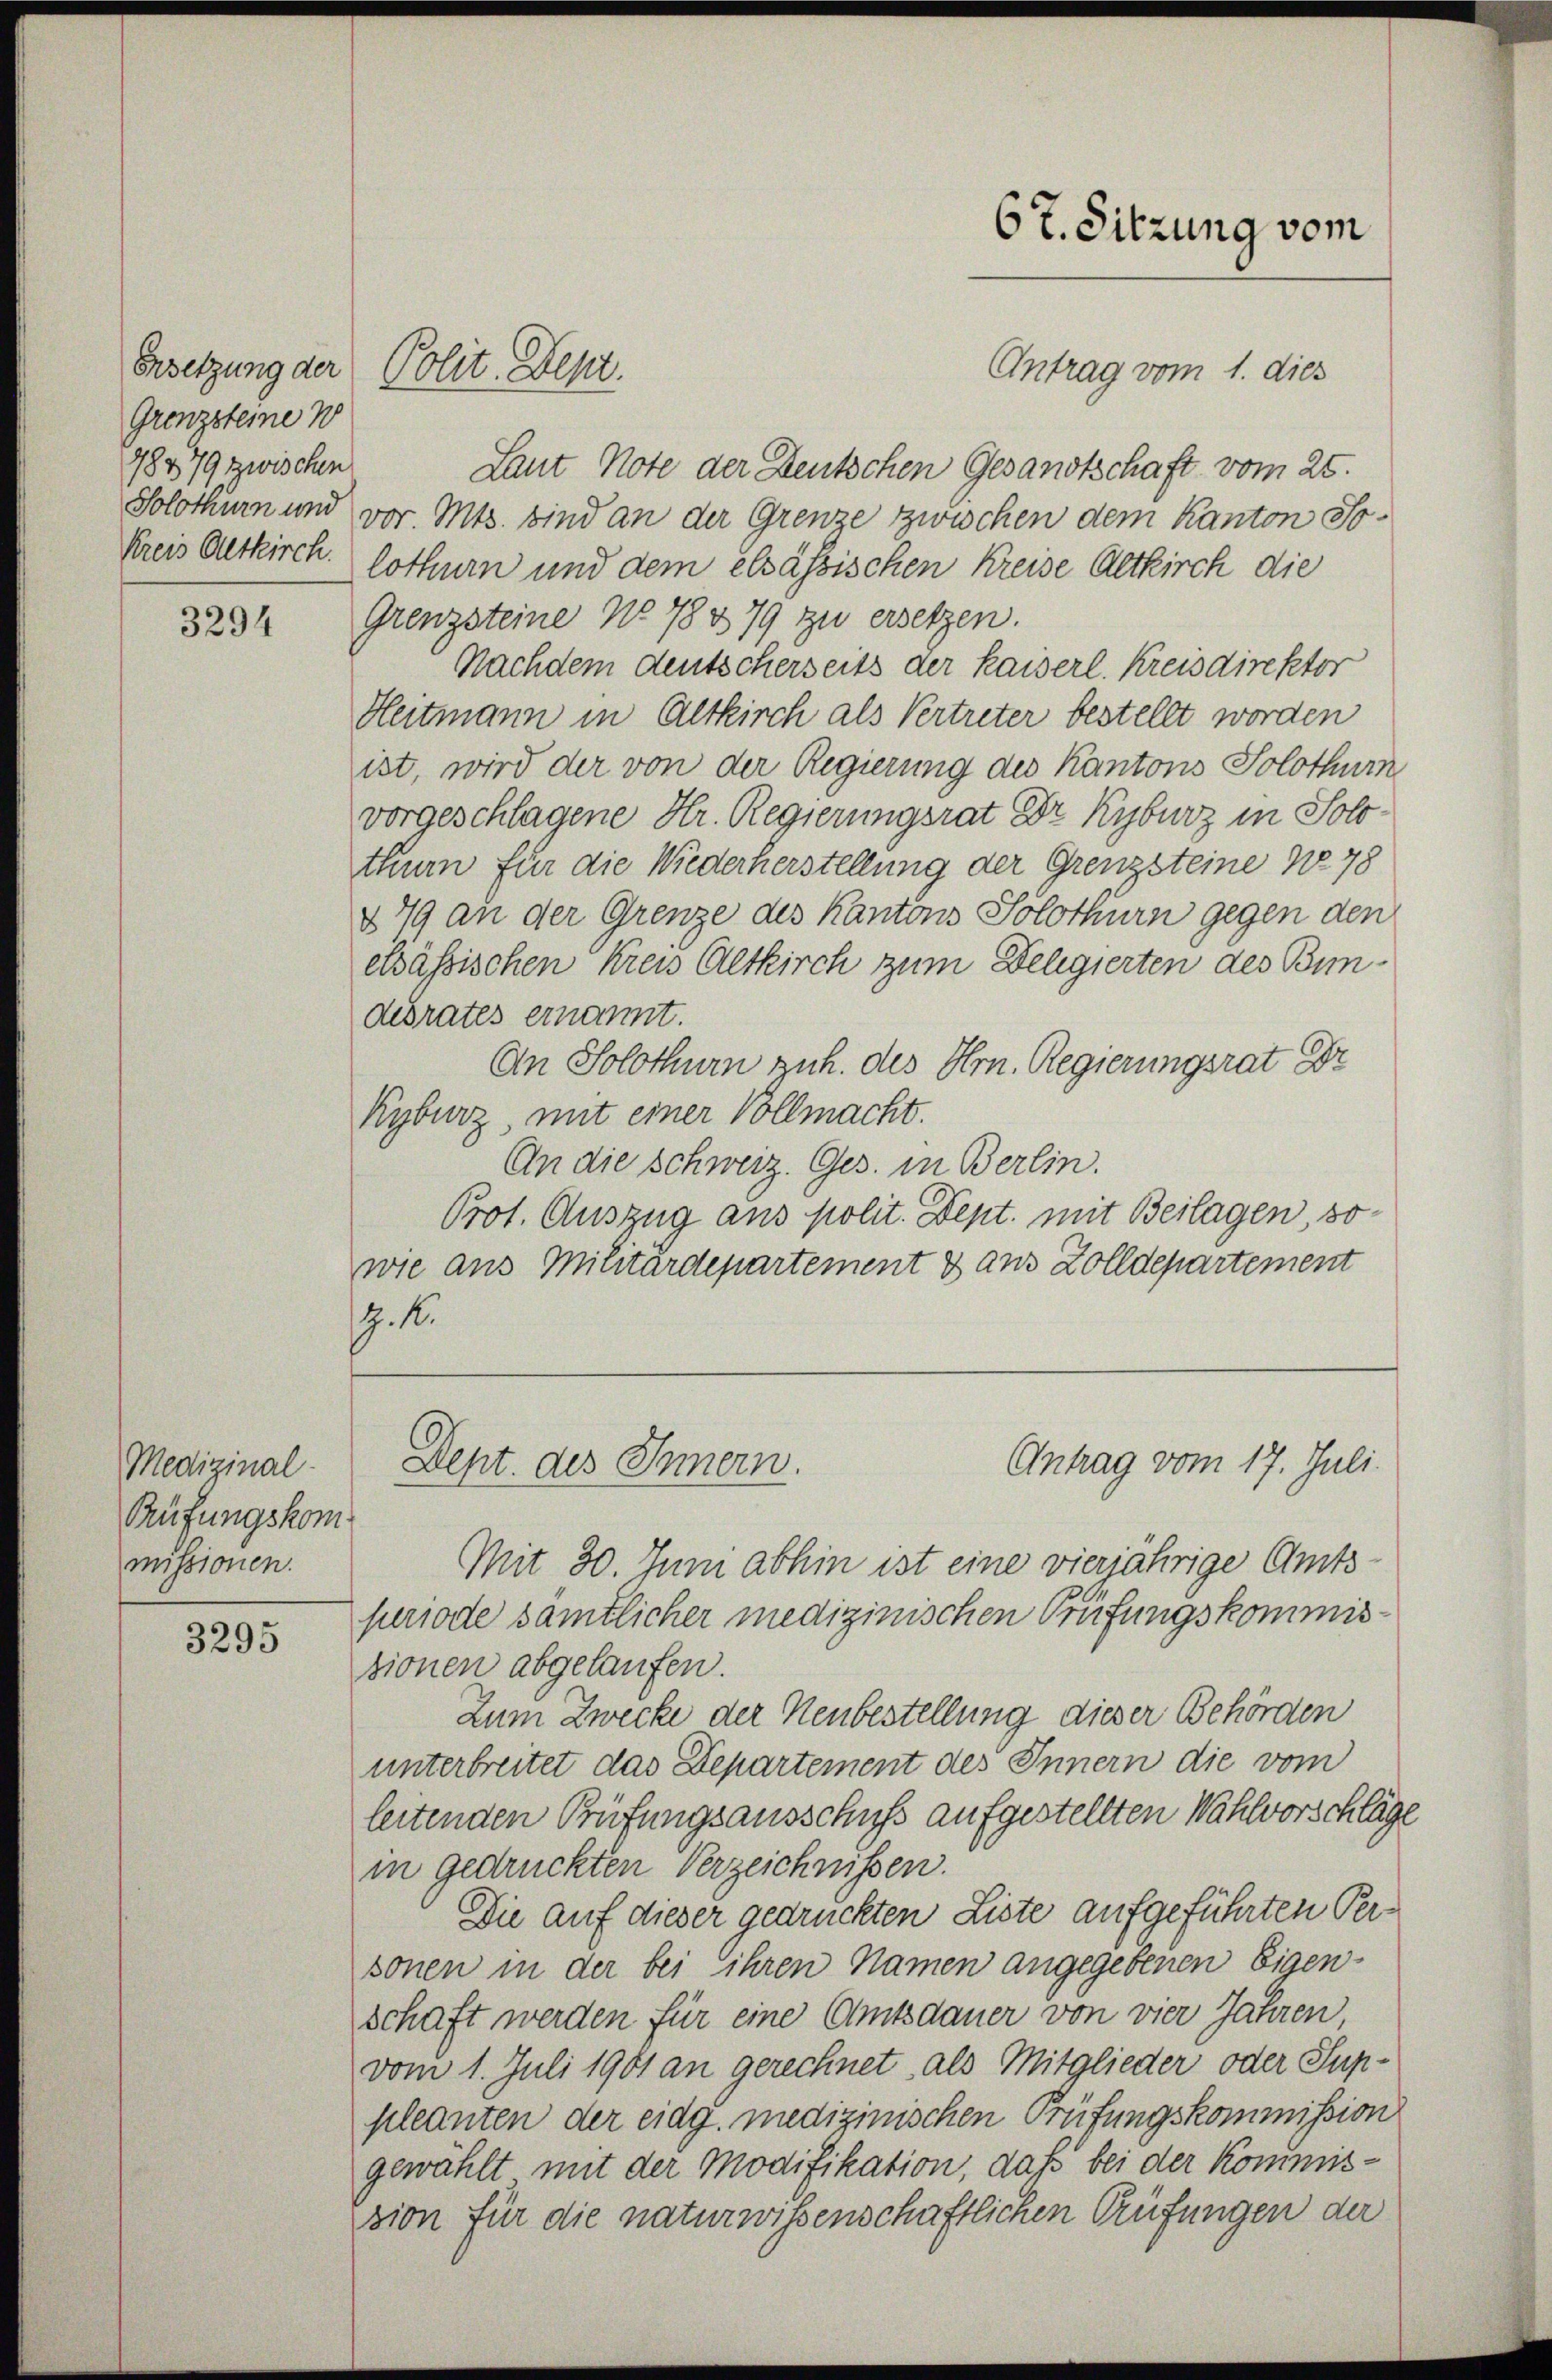
Grenzsteine W
78479 zwischen
Solothurn und

3294

Medizinal-
Prüfungskommissionen.

3295

Antrag vom 1. dies
Laut Note der Deutschen Gesandtschaft vom 25.
vor. Mts. sind an der Grenze zwischen dem Kanton So¬
Kreis Altkirch. lothurn und dem elsassischen Kreise Altkirch die
Grenzsteine No 78 379 zu ersetzen.
Nachdem deutscherseits der Kaiserl. Kreisdirektor
Heitmann in Altkirch als Vertreter bestellt worden
ist, wird der von der Regierung des Kantons Solothur
vorgeschlagene Hr. Regierungsrat Dr Kyburz in Solothur für die Wiederherstellung der Grenzsteine No 78
§ 79 an der Grenze des Kantons Solothurn gegen den
elsässischen Kreis Altkirch zum Delegierten des Bundebrates ernannt.
An Solothurn zuh. des Hrn. Regierungsrat Dr
Kyburz, mit einer Vollmacht.
An die Schweiz. Ges. in Berlin.
Prot. Auszug aus polit. Dept. mit Beilagen, so
wie aus Militärdepartement & aus Zolldepartement
9.4.

Ersetzung der Polit. Sept.

Mit 30. Juni abhin ist eine vierjährige Amtsperiode sämtlicher medizinischen Prüfungskommissionen abgelaufen.
Zum Zwecke der Neubestellung dieser Behörden
unterbreitet das Departement des Innern die vom
leitenden Prüfungsausschuss aufgestellten Wahlvorschläge
in gedruckten Verzeichnissen.
Die auf dieser gedruckten Liste aufgeführten Personen in der bei Ehren Namen angegebenen Eigenschaft werden für eine Amtsdauer von vier Jahren
vom 1. Juli 1901 an gerechnet, als Mitglieder oder Suppleanten der eidg. medizinischen Prüfungskommission
gewählt mit der Modifikation, daß bei der Kommission für die naturwissenschaftlichen Prüfungen der

67. Sitzung vom

Antrag vom 17. Juli.
Dept des Innern.